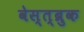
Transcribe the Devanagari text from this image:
वेस्त्ब्रुक